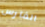
الفارس